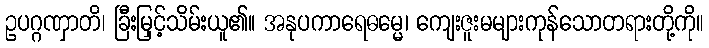
ဥပဂ္ဂဏှာတိ၊ ခြီးမြှင့်သိမ်းယူ၏။ အနုပကာရေဓမ္မေ၊ ကျေးဇူးမများကုန်သောတရားတို့ကို။